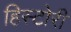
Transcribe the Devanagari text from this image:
हिस्टोरी